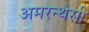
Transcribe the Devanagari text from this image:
अमरन्थेसी